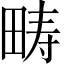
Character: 畴